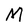
Character: M